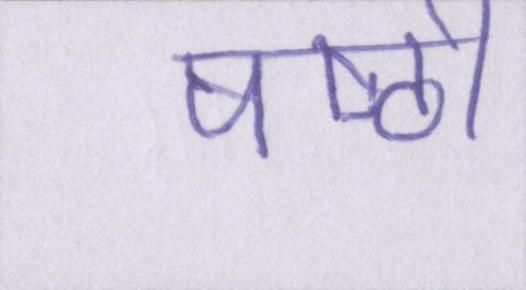
षष्ठी